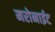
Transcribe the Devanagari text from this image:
मरोनाईट